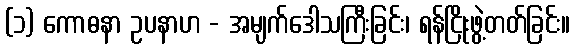
(၁) ကောဓနာ ဥပနာဟ - အမျက်ဒေါသကြီးခြင်း၊ ရန်ငြိုးဖွဲ့တတ်ခြင်း။